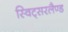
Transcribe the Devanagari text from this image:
स्विट्सरलैण्ड